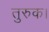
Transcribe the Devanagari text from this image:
तुरुक।